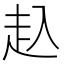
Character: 𧺌